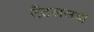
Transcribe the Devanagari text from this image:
टँटलसची